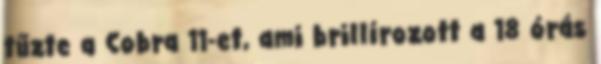
tűzte a Cobra 11-et, ami brillírozott a 18 órás